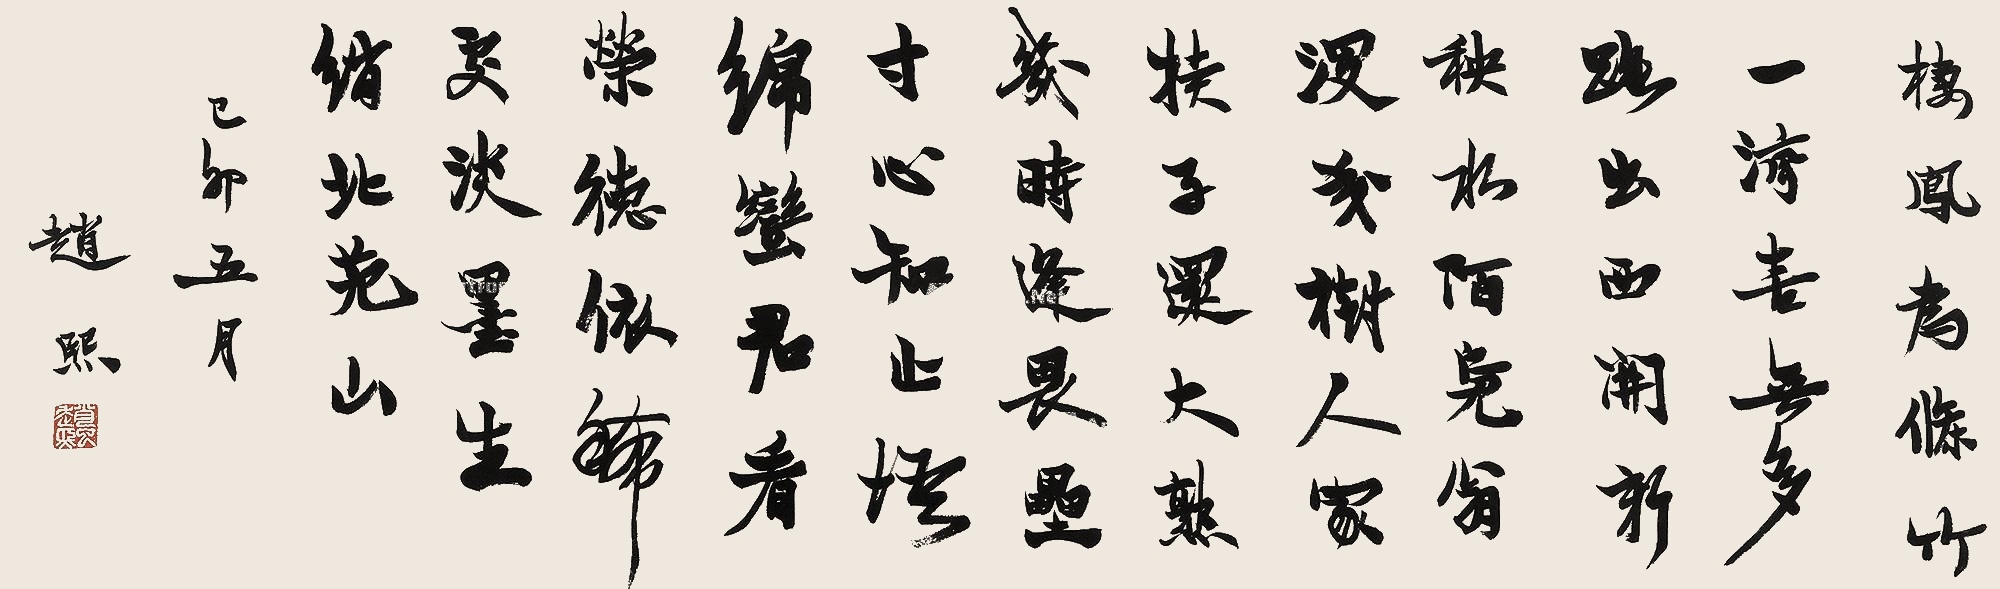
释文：栖凤为条竹一湾，喜无多跑出西开，新秧水陌凫翁漫，戋树人家犊子还，大熟几时逢畏垒，寸心知止悟绵蛮，君看荣德依稀处，淡墨生绡北苑山。己卯五月，赵熙。